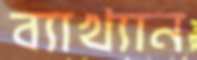
ব্যাখ্যান